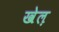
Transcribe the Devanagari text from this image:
खेल़